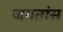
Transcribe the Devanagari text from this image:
जगतांस